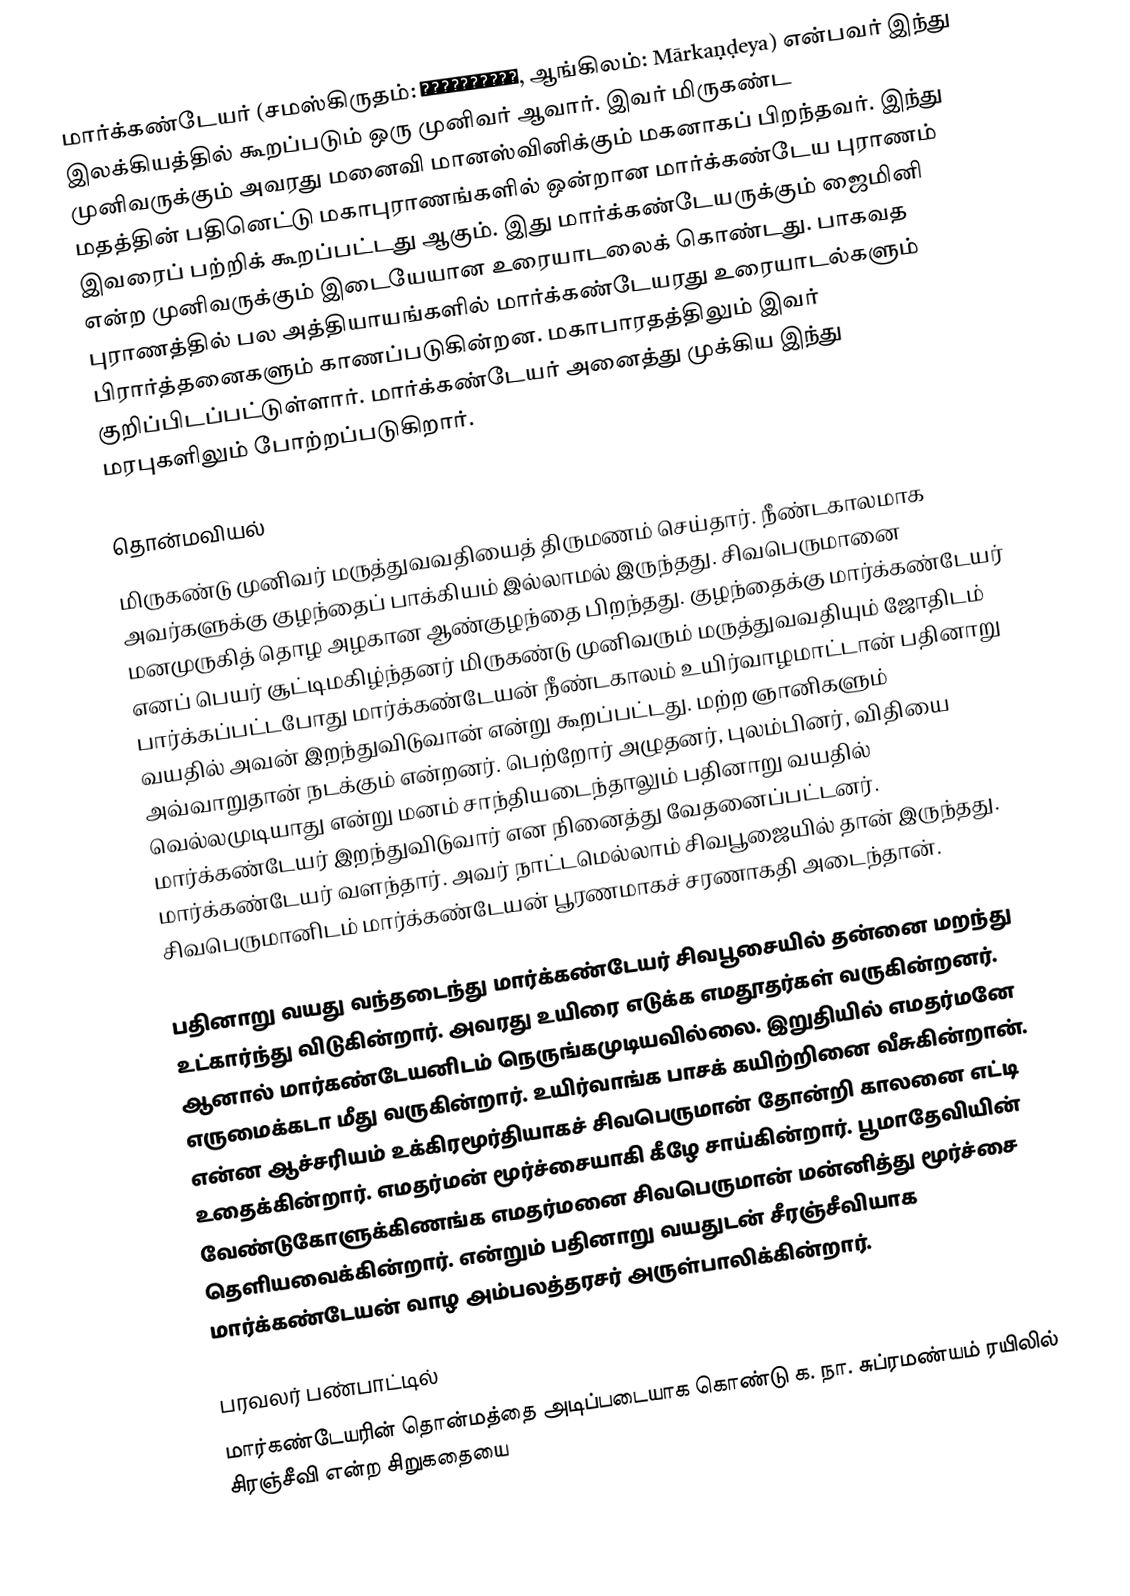
மார்க்கண்டேயர் (சமஸ்கிருதம்: मार्कण्डेय, ஆங்கிலம்: Mārkaṇḍeya) என்பவர் இந்து இலக்கியத்தில் கூறப்படும் ஒரு முனிவர் ஆவார். இவர் மிருகண்ட முனிவருக்கும் அவரது மனைவி மானஸ்வினிக்கும் மகனாகப் பிறந்தவர். இந்து மதத்தின் பதினெட்டு மகாபுராணங்களில் ஒன்றான மார்க்கண்டேய புராணம் இவரைப் பற்றிக் கூறப்பட்டது ஆகும். இது மார்க்கண்டேயருக்கும் ஜைமினி என்ற முனிவருக்கும் இடையேயான உரையாடலைக் கொண்டது. பாகவத புராணத்தில் பல அத்தியாயங்களில் மார்க்கண்டேயரது உரையாடல்களும் பிரார்த்தனைகளும் காணப்படுகின்றன. மகாபாரதத்திலும் இவர் குறிப்பிடப்பட்டுள்ளார். மார்க்கண்டேயர் அனைத்து முக்கிய இந்து மரபுகளிலும் போற்றப்படுகிறார்.

தொன்மவியல்
மிருகண்டு முனிவர் மருத்துவவதியைத் திருமணம் செய்தார். நீண்டகாலமாக அவர்களுக்கு குழந்தைப் பாக்கியம் இல்லாமல் இருந்தது. சிவபெருமானை மனமுருகித் தொழ அழகான ஆண்குழந்தை பிறந்தது. குழந்தைக்கு மார்க்கண்டேயர் எனப் பெயர் சூட்டிமகிழ்ந்தனர் மிருகண்டு முனிவரும் மருத்துவவதியும் ஜோதிடம் பார்க்கப்பட்டபோது மார்க்கண்டேயன் நீண்டகாலம் உயிர்வாழமாட்டான் பதினாறு வயதில் அவன் இறந்துவிடுவான் என்று கூறப்பட்டது. மற்ற ஞானிகளும் அவ்வாறுதான் நடக்கும் என்றனர். பெற்றோர் அழுதனர், புலம்பினர், விதியை வெல்லமுடியாது என்று மனம் சாந்தியடைந்தாலும் பதினாறு வயதில் மார்க்கண்டேயர் இறந்துவிடுவார் என நினைத்து வேதனைப்பட்டனர். மார்க்கண்டேயர் வளந்தார். அவர் நாட்டமெல்லாம் சிவபூஜையில் தான் இருந்தது. சிவபெருமானிடம் மார்க்கண்டேயன் பூரணமாகச் சரணாகதி அடைந்தான்.

பதினாறு வயது வந்தடைந்து மார்க்கண்டேயர் சிவபூசையில் தன்னை மறந்து உட்கார்ந்து விடுகின்றார். அவரது உயிரை எடுக்க எமதூதர்கள் வருகின்றனர். ஆனால் மார்கண்டேயனிடம் நெருங்கமுடியவில்லை. இறுதியில் எமதர்மனே எருமைக்கடா மீது வருகின்றார். உயிர்வாங்க பாசக் கயிற்றினை வீசுகின்றான். என்ன ஆச்சரியம் உக்கிரமூர்தியாகச் சிவபெருமான் தோன்றி காலனை எட்டி உதைக்கின்றார். எமதர்மன் மூர்ச்சையாகி கீழே சாய்கின்றார். பூமாதேவியின் வேண்டுகோளுக்கிணங்க எமதர்மனை சிவபெருமான் மன்னித்து மூர்ச்சை தெளியவைக்கின்றார். என்றும் பதினாறு வயதுடன் சீரஞ்சீவியாக மார்க்கண்டேயன் வாழ அம்பலத்தரசர் அருள்பாலிக்கின்றார்.

பரவலர் பண்பாட்டில்
மார்கண்டேயரின் தொன்மத்தை அடிப்படையாக கொண்டு க. நா. சுப்ரமண்யம் ரயிலில் சிரஞ்சீவி என்ற சிறுகதையை